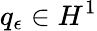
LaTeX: q_{\epsilon}\in H^{1}